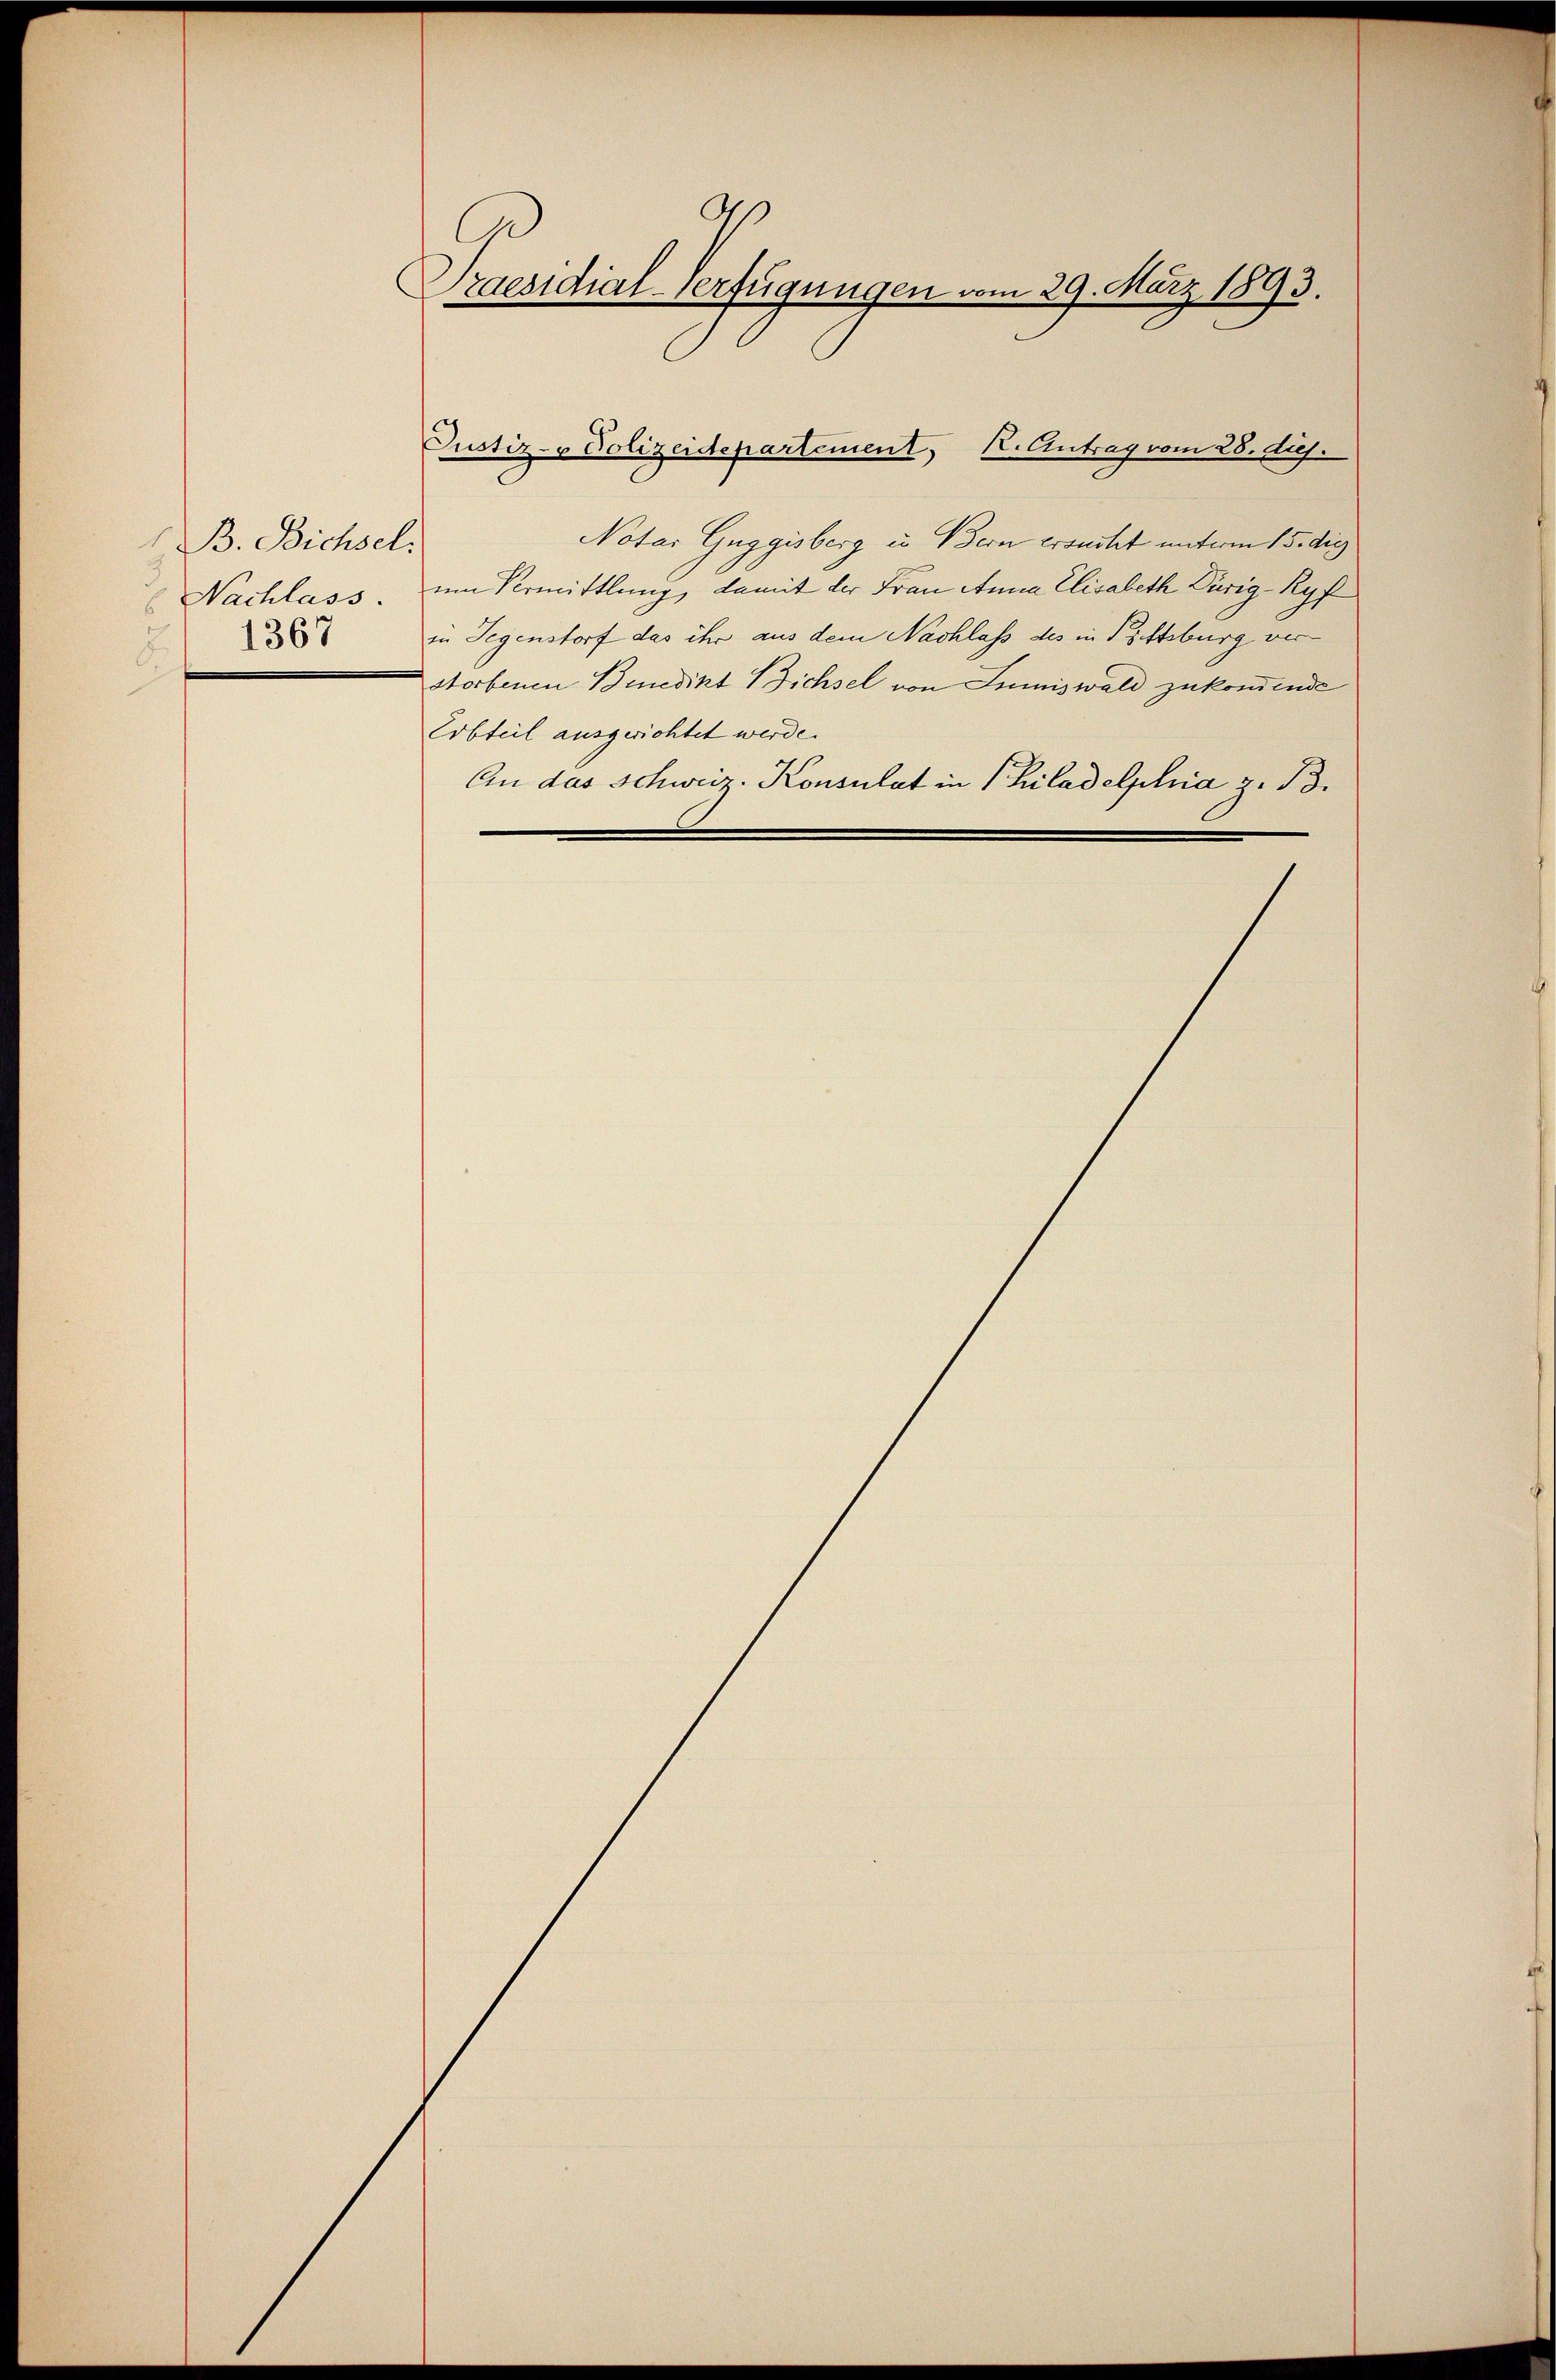
B. Bichsel.
Nachlass.
2
1367
.

Praesidial-Verfügungen vom 29. März 1893.

Notar Guggisberg u Bern ersuchet unterm 15. die
um Vermittlung, damit der Frau Anna Elisabeth Dürig-Ryf
in Gegenstorf das ihr aus dem Nachlass des in Pittsburg ver
storbenen Benedikt Bichsel von Juniswald zukommende
Erbteil ausgerichtet werde.
An das Schweiz. Konsulat in Philadelphia z. 13.

Justiz- & Polizeidepartement, K. Antrag vom 28. dus.